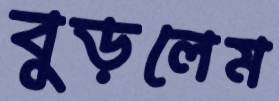
বুড়লেম